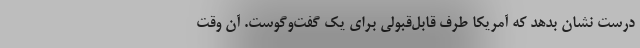
درست نشان بدهد که آمریکا طرف قابل‌قبولی برای یک گفت‌وگوست. آن وقت